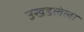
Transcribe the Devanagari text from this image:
उखडलेला